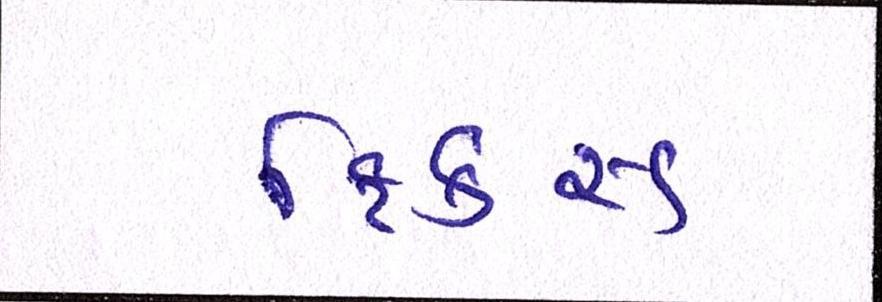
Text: ફિકસ્ડ